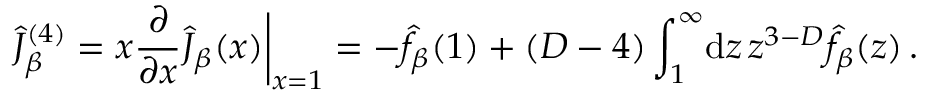
\hat { J } _ { \beta } ^ { ( 4 ) } = x { \frac { \partial } { \partial x } } \hat { J } _ { \beta } ( x ) \bigg \vert _ { x = 1 } = - \hat { f } _ { \beta } ( 1 ) + ( D - 4 ) \int _ { 1 } ^ { \infty } \! \mathrm { d } z \, z ^ { 3 - D } \hat { f } _ { \beta } ( z ) \, .